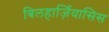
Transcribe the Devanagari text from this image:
बिलहार्ज़ियासिस